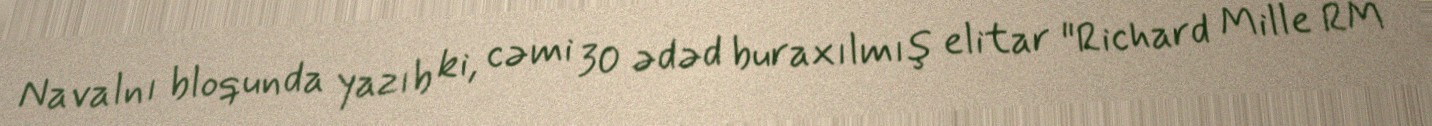
Navalnı bloqunda yazıb ki, cəmi 30 ədəd buraxılmış elitar "Richard Mille RM